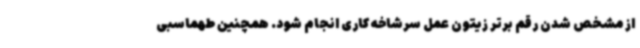
از مشخص شدن رقم برتر زیتون عمل سرشاخه کاری انجام شود. همچنین طهماسبی